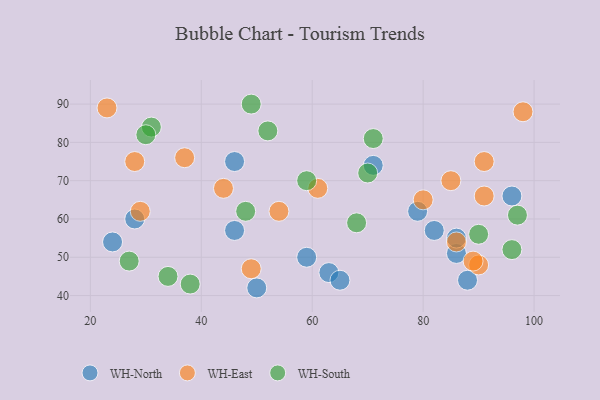
{"axis": {"x": "GDP", "y": "Life Expectancy"}, "legend": ["WH-East", "WH-North", "WH-South"], "data": [{"x": "71", "y": 74, "type": "WH-North"}, {"x": "46", "y": 75, "type": "WH-North"}, {"x": "82", "y": 57, "type": "WH-North"}, {"x": "50", "y": 42, "type": "WH-North"}, {"x": "24", "y": 54, "type": "WH-North"}, {"x": "46", "y": 57, "type": "WH-North"}, {"x": "88", "y": 44, "type": "WH-North"}, {"x": "86", "y": 51, "type": "WH-North"}, {"x": "79", "y": 62, "type": "WH-North"}, {"x": "63", "y": 46, "type": "WH-North"}, {"x": "28", "y": 60, "type": "WH-North"}, {"x": "65", "y": 44, "type": "WH-North"}, {"x": "96", "y": 66, "type": "WH-North"}, {"x": "59", "y": 50, "type": "WH-North"}, {"x": "86", "y": 55, "type": "WH-North"}, {"x": "28", "y": 75, "type": "WH-East"}, {"x": "98", "y": 88, "type": "WH-East"}, {"x": "44", "y": 68, "type": "WH-East"}, {"x": "91", "y": 75, "type": "WH-East"}, {"x": "90", "y": 48, "type": "WH-East"}, {"x": "85", "y": 70, "type": "WH-East"}, {"x": "37", "y": 76, "type": "WH-East"}, {"x": "91", "y": 66, "type": "WH-East"}, {"x": "89", "y": 49, "type": "WH-East"}, {"x": "61", "y": 68, "type": "WH-East"}, {"x": "80", "y": 65, "type": "WH-East"}, {"x": "49", "y": 47, "type": "WH-East"}, {"x": "23", "y": 89, "type": "WH-East"}, {"x": "86", "y": 54, "type": "WH-East"}, {"x": "54", "y": 62, "type": "WH-East"}, {"x": "29", "y": 62, "type": "WH-East"}, {"x": "31", "y": 84, "type": "WH-South"}, {"x": "27", "y": 49, "type": "WH-South"}, {"x": "71", "y": 81, "type": "WH-South"}, {"x": "34", "y": 45, "type": "WH-South"}, {"x": "97", "y": 61, "type": "WH-South"}, {"x": "48", "y": 62, "type": "WH-South"}, {"x": "30", "y": 82, "type": "WH-South"}, {"x": "38", "y": 43, "type": "WH-South"}, {"x": "68", "y": 59, "type": "WH-South"}, {"x": "90", "y": 56, "type": "WH-South"}, {"x": "52", "y": 83, "type": "WH-South"}, {"x": "59", "y": 70, "type": "WH-South"}, {"x": "49", "y": 90, "type": "WH-South"}, {"x": "96", "y": 52, "type": "WH-South"}, {"x": "70", "y": 72, "type": "WH-South"}]}